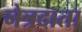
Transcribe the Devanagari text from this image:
नेत्रदाता